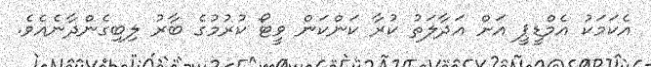
އެކަމަކު އެމްޑީޕީ އަށް އަދާލަތު ކުރާ ކަންކަން ވީޓޯ ކުރުމުގެ ބާރު ލިބިގެންދާނެއެވެ.